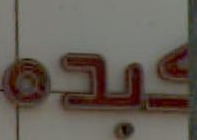
عبده